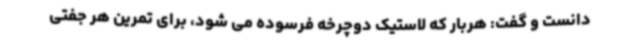
دانست و گفت: هربار که لاستیک دوچرخه فرسوده می شود، برای تمرین هر جفتی